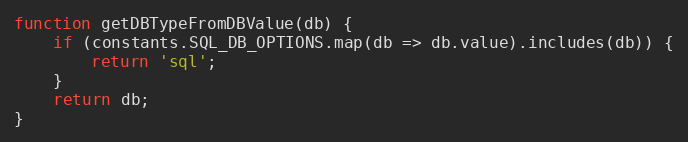
Language: JavaScript
function getDBTypeFromDBValue(db) {
    if (constants.SQL_DB_OPTIONS.map(db => db.value).includes(db)) {
        return 'sql';
    }
    return db;
}